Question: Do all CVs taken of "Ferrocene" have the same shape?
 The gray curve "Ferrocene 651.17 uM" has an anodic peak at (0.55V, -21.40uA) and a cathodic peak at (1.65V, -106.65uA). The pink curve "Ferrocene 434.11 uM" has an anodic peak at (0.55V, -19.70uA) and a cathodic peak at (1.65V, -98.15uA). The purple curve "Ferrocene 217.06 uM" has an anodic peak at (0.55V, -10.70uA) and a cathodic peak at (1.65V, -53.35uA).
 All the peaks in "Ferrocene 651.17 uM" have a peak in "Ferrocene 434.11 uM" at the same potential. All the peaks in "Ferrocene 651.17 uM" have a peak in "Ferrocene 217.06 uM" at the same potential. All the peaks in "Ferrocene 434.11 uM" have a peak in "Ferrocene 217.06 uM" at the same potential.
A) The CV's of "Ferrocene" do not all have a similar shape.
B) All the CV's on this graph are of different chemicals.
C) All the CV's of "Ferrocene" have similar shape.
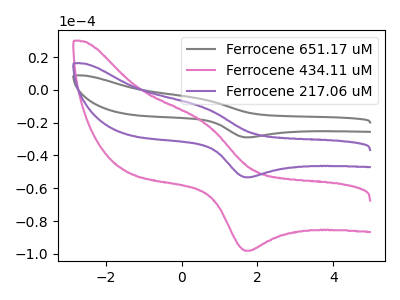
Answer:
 <answer>C) All the CV's of "Ferrocene" have similar shape.</answer>
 <eval>C</eval>